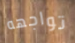
تواجهه